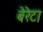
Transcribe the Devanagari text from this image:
बेरेटा